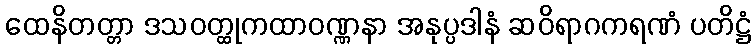
ထေနိတတ္တာ ဒသဝတ္ထုကထာဝဏ္ဏနာ အနုပ္ပဒါနံ ဆဝိရာဂကရဏံ ပတိဋ္ဌံ